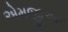
એમજીઆર